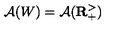
\mathcal { A } ( W ) = \mathcal { A } ( \mathbf { R } _ { + } ^ { > } )